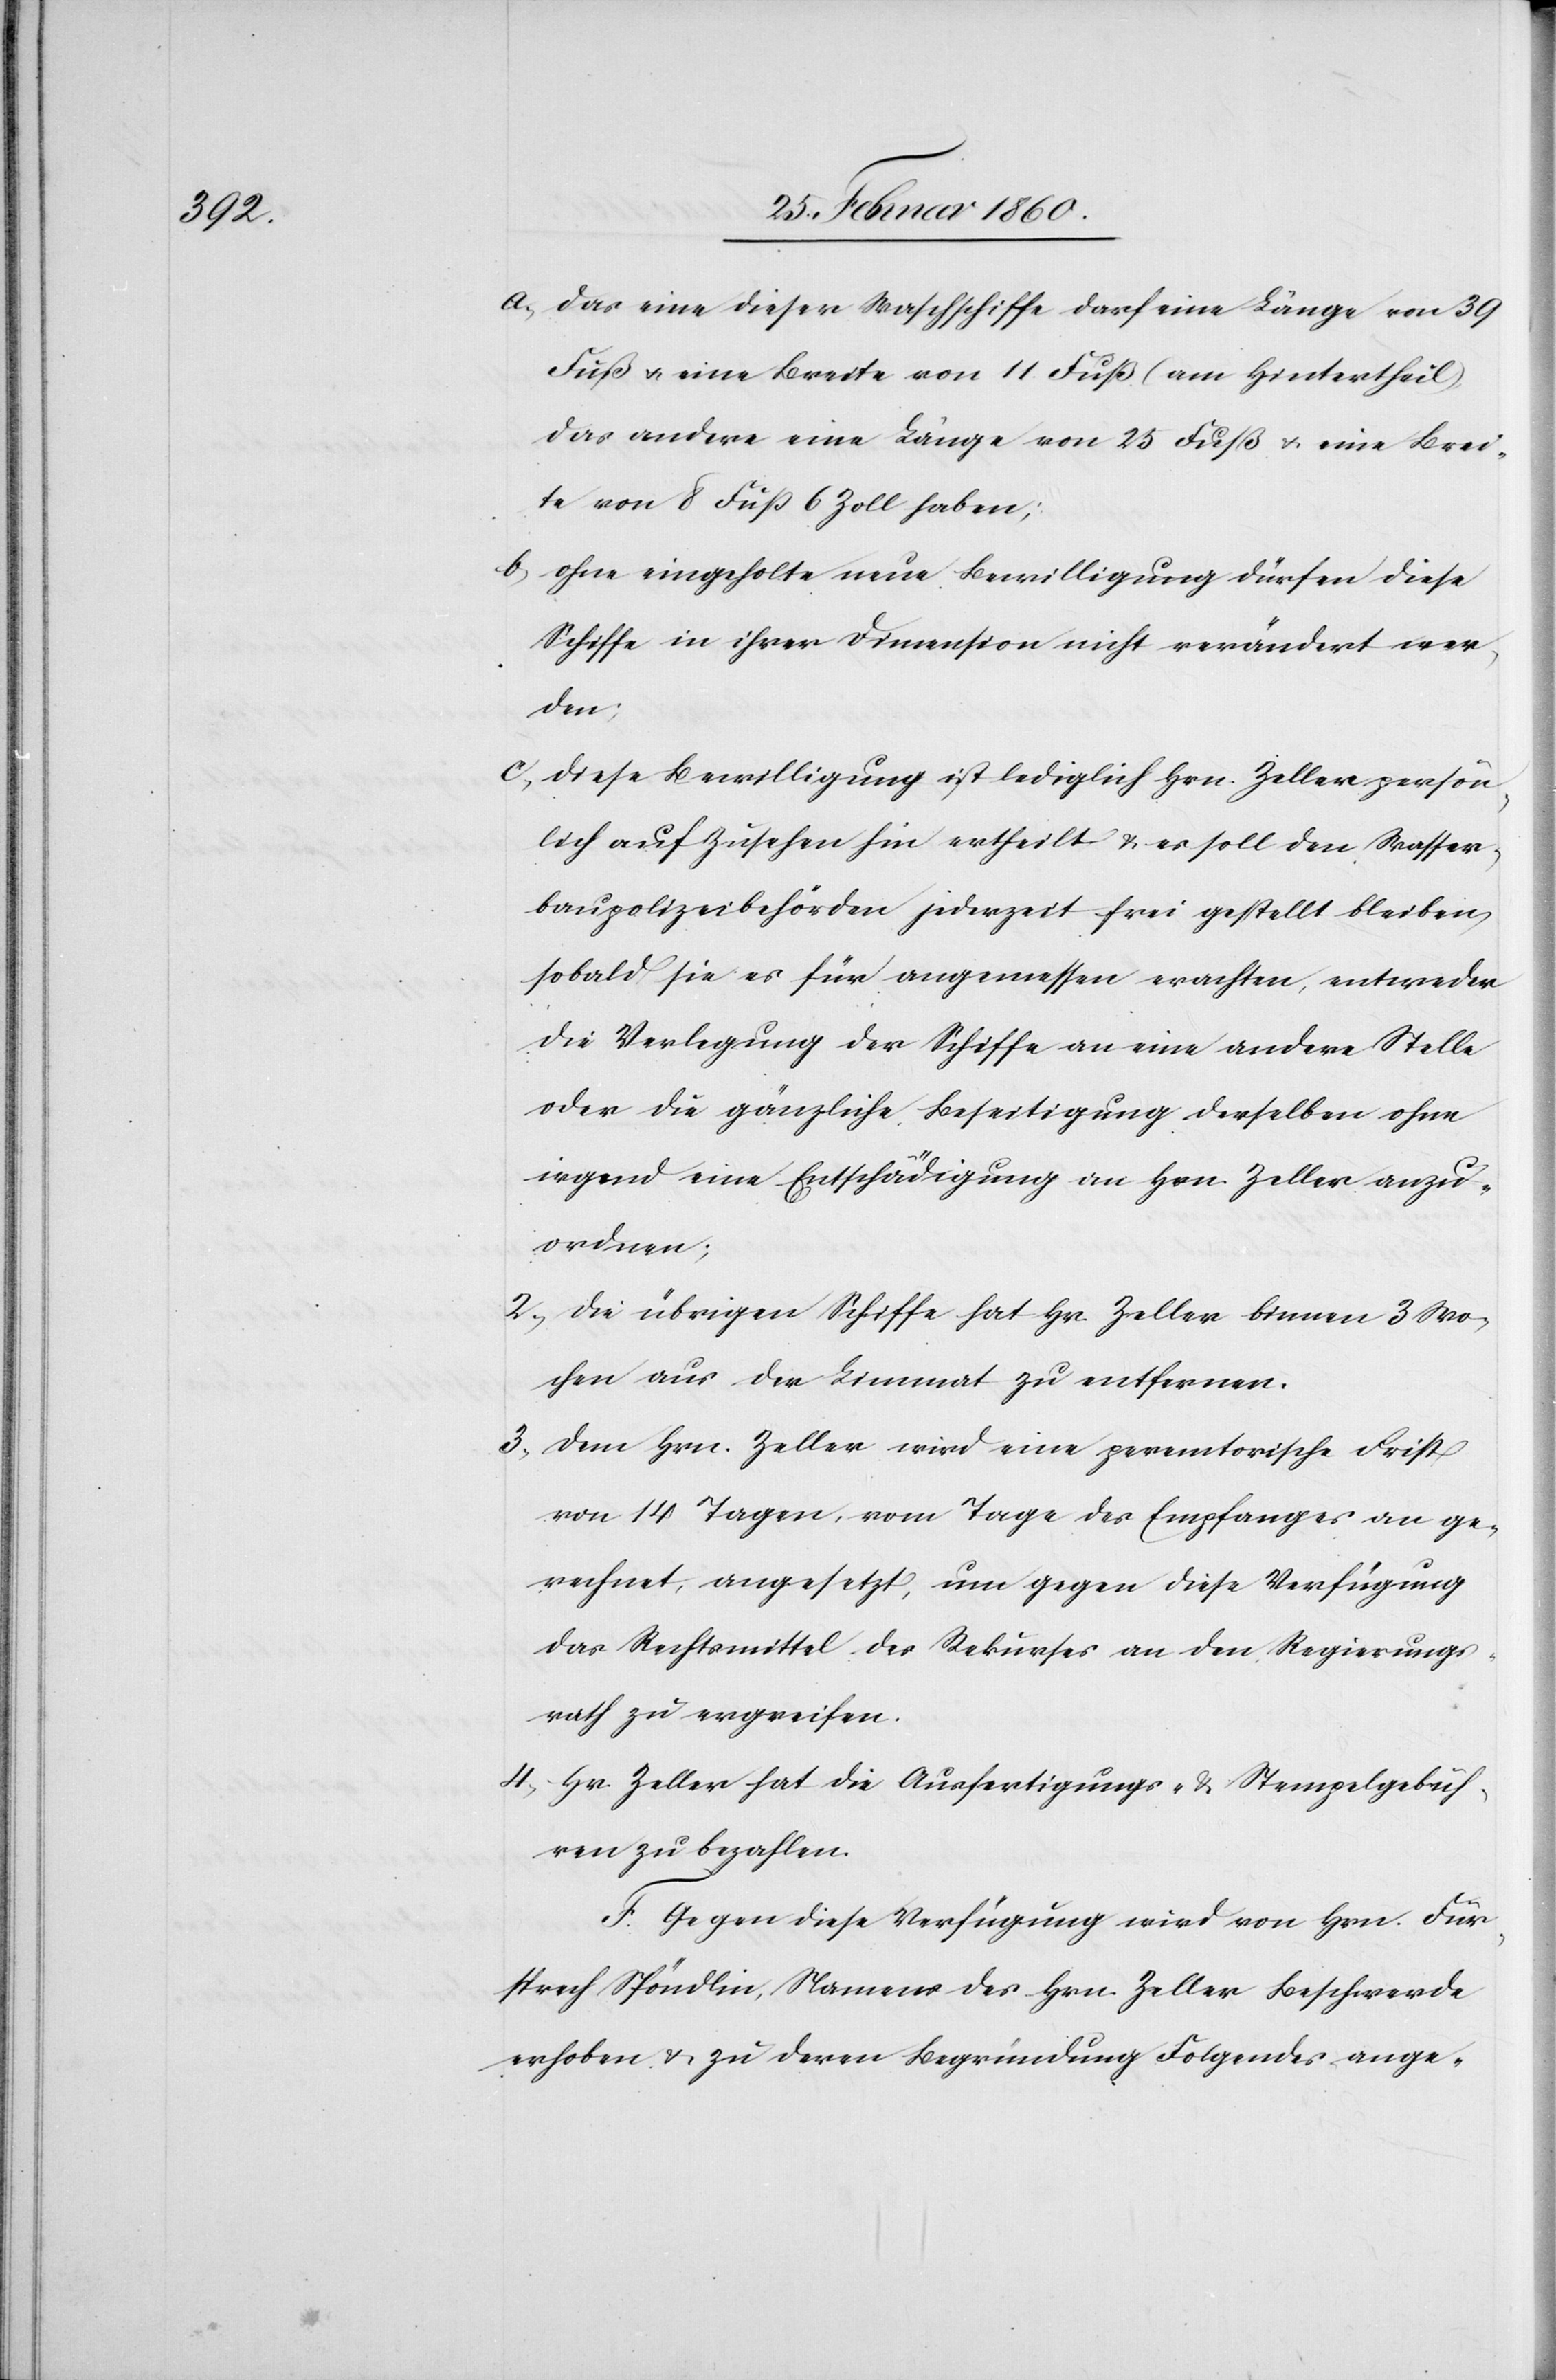
a. das eine dieser Waschschiffe darf eine Länge von 39
Fuß u. eine Breite von 11. Fuß [am Hintertheil],
das andere eine Länge von 25 Fuß u. eine Brei¬
te von 8 Fuß 6 Zoll haben;
b. ohne eingeholte neue Bewilligung dürfen diese
Schiffe in ihrer Dimension nicht verändert wer¬
den;
c. diese Bewilligung ist lediglich Hrn. Zeller persön¬
lich auf Zusehen hin ertheilt u. es soll den Wasser¬
baupolizeibehörden jederzeit frei gestellt bleiben,
sobald sie es für angemessen erachten, entweder
die Verlegung der Schiffe an eine andere Stelle
oder die gänzliche Beseitigung derselben ohne
irgend eine Entschädigung an Hrn. Zeller anzu¬
ordnen;
2. die übrigen Schiffe hat Hr. Zeller binnen 3 Wo¬
chen aus der Limmat zu entfernen.
3. dem Hrn. Zeller wird eine peremtorische Frist
von 14 Tagen, vom Tage des Empfanges an ge¬
rechnet, angesetzt, um gegen diese Verfügung
das Rechtsmittel des Rekurses an den Regierungs¬
rath zu ergreifen.
4. Hr. Zeller hat die Ausfertigungs- u. Stempelgebüh¬
ren zu bezahlen.
F. Gegen diese Verfügung wird von Hrn. Für¬
sprech Spöndlin, Namens des Hrn. Zeller Beschwerde
erhoben u. zu deren Begründung Folgendes ange-